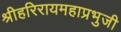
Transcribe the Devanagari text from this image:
श्रीहरिरायमहाप्रभुजी